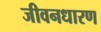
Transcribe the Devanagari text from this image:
जीवनधारण